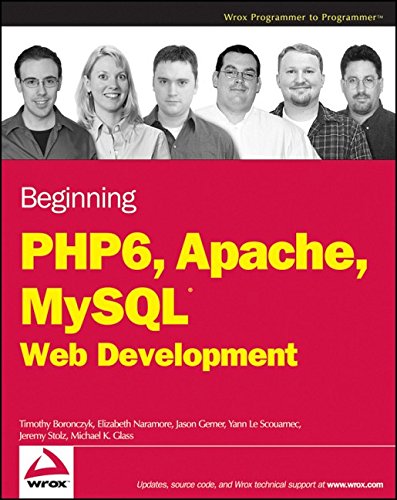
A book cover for Beginning PHP 6, Apache, MySQL 6 Web Development; Timothy Boronczyk; Computers & Technology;